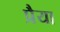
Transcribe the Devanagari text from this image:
प्रैया